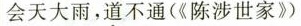
会天大雨，道不通(《陈涉世家》